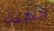
الهبة